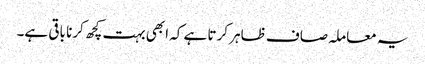
یہ معاملہ صاف ظاہر کرتا ہے کہ ابھی بہت کچھ کرنا باقی ہے۔